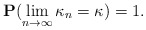
\begin{align*} {\bf P} (\lim_{n \to \infty} \kappa_n = \kappa) = 1.\end{align*}